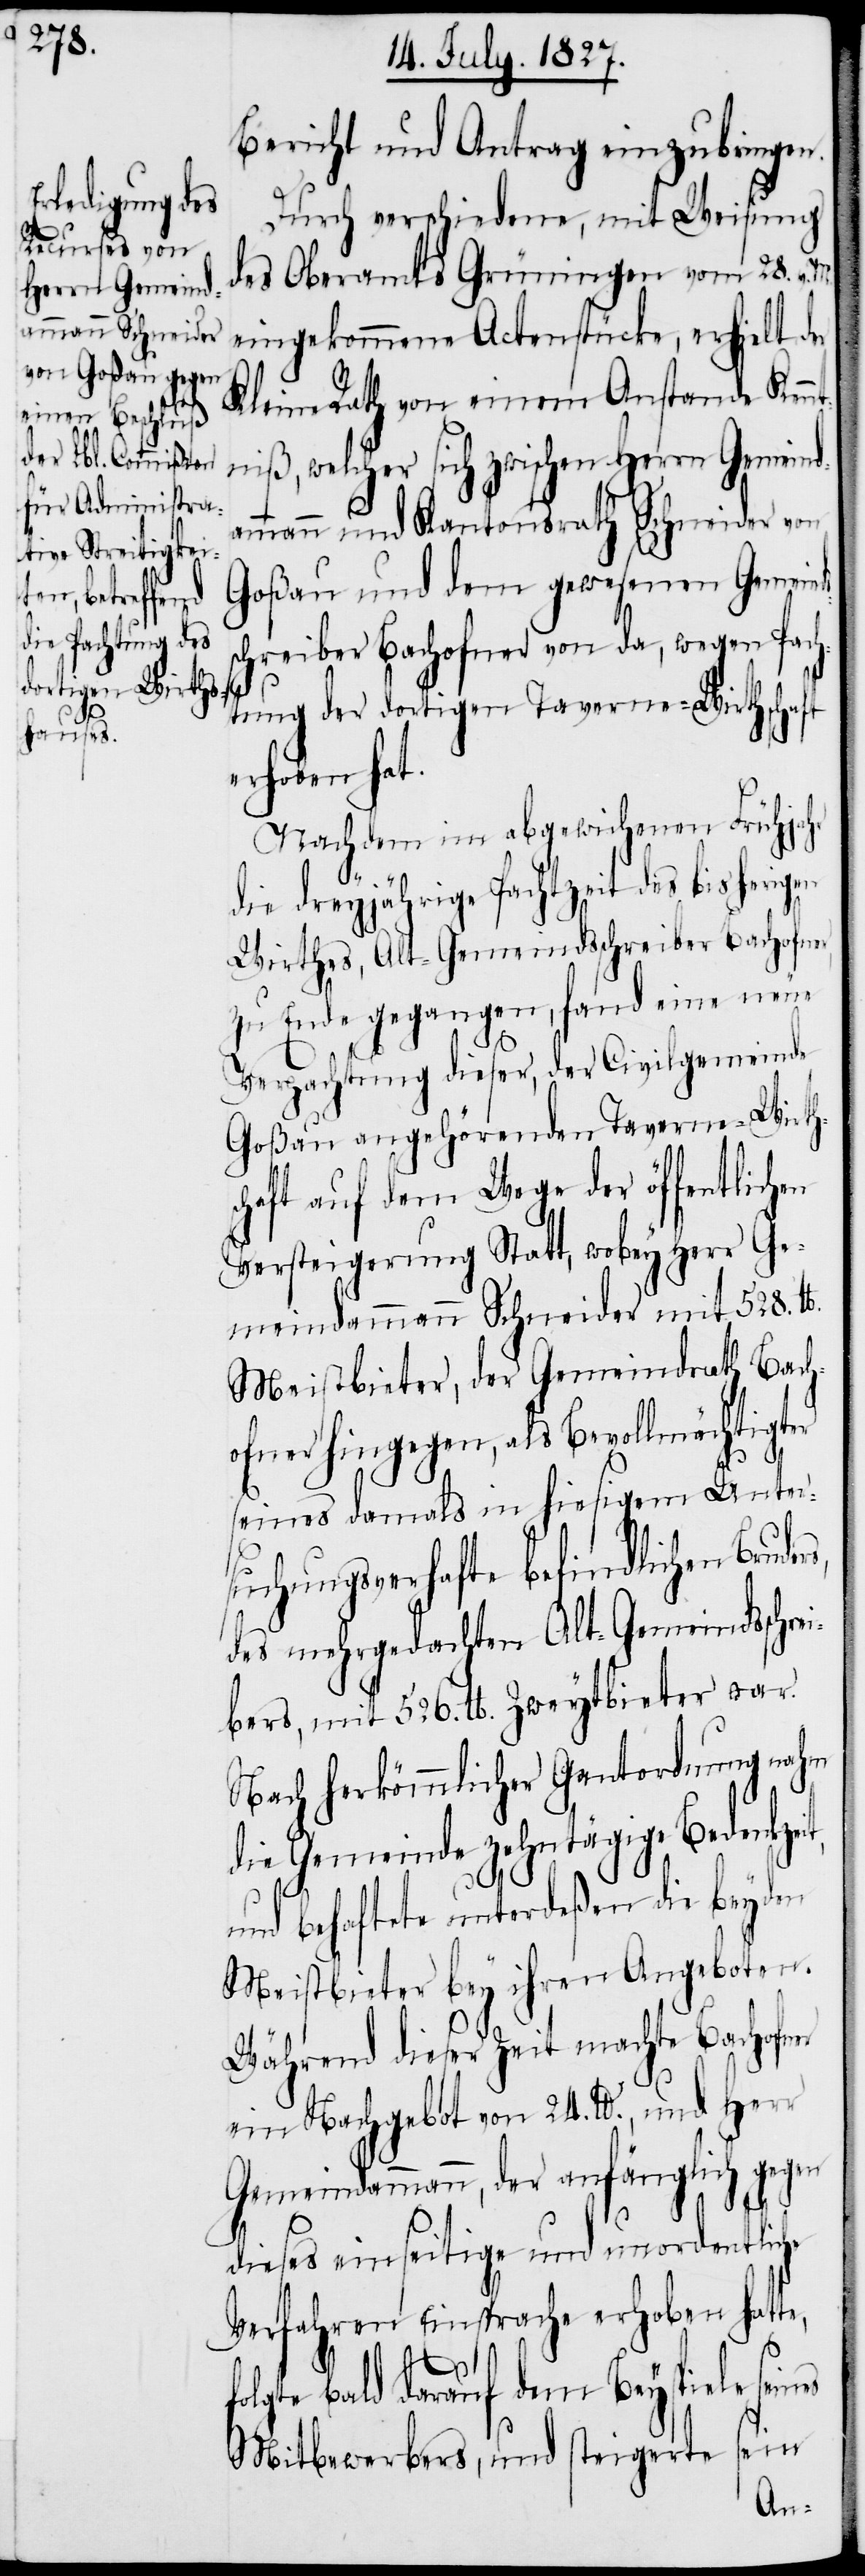
es

Bericht und Antrag einzubringen.
Durch verschiedene, mit Weisung
des Oberamtes Grüningen vom 28. v.
eingekommene Actenstücke, erhielt der
Kleine Rath von einem Anstande Kenn¬
tniß, welcher sich zwischen Herrn Gemeind¬
ammann und Kantonsrath Schneider von
Goßau und dem gewesenen Gemein¬
schreiber Bachofner von da, wegen Pach¬
tung der dortigen Taverne-Wirthschaft
erhoben hat.
Nachdem im abgewichenen Frühjahr
die dreyjährige Pachtzeit des bisherigen
Wirthes, Alt-Gemeindsschreiber Bachofner,
zu Ende gegangen, fand eine neue
Verpachtung dieser, der Civilgemeinde
Goßau angehörende Taverne-Wirths¬
chaft auf dem Wege der öffentlichen
Versteigerung Statt, wobey Herr Ge¬
meindammann Schneider mit 528. lb.
Meistbieter, der Gemeindrath Bach¬
ofner hingegen, als Bevollmächtigter
M.
rs,
seines damals in hiesigem Unter¬
suchungsverhafte befindlichen Brude¬
des mehrgedachten Alt-Gemeindsschre¬
ibers, mit 526. lb. Zweytbieter war.
Nach herkömmlicher Gantordnung nahm
die Gemeinde zehntägige Bedenkzeit,
und behaftete unterdeßen die beyden
Meistbieter bey ihren Angeboten.
Während dieser Zeit machte Bachofner
ein Nachgeboth von 24. lb., und Herr
Gemeindammann, der anfänglich gegen
dieses einseitige und unordentliche
Verfahren Einsprache erhoben hatte,
olgte bald darauf dem Beyspiele sein¬
Mitbewerbers und steigerte sein